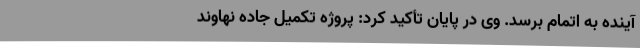
آینده به اتمام برسد. وی در پایان تأکید کرد: پروژه تکمیل جاده نهاوند